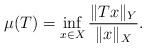
LaTeX: \begin{align*} \mu(T) =\inf_{x\in X} \frac{\|Tx\|_{Y}}{\|{x}\|_{{X}}}. \end{align*}